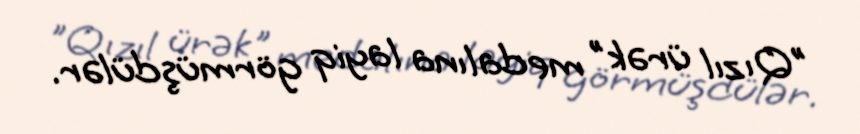
"Qızıl ürək" medalına layiq görmüşdülər.